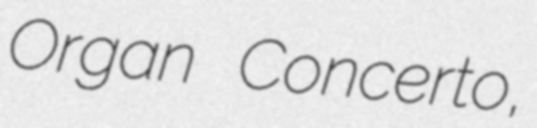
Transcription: Organ Concerto,